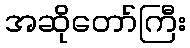
အဆိုတော်ကြီး